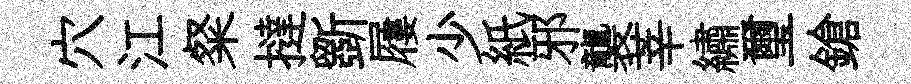
穴江粲撻斵屨少紙邪襲莘繡璽鎗